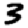
Digit: 3